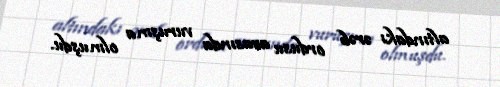
altındakı ərəb ordusu arasında vuruşma olmuşdu.